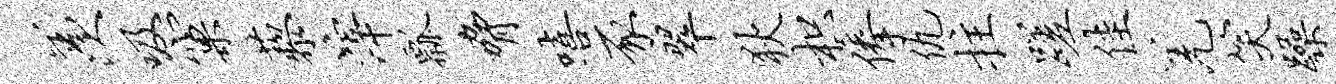
羡吸窠藜滓瓢胁嘻豕翠狄枳俸仇拄蹉佳羌笑躁